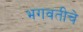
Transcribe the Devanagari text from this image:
भगवतीचे